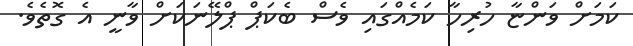
ކަމަށް ވަންޏާ ހުރިހާ ކަމެއްގައި ވެސް ބެކަޕް ޕްލޭނަކަށް ވާނީ އެ ގޮތެވެ.